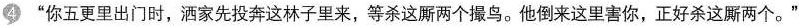
“你五更里出门时，酒家先投奔这林子里来，等杀这而两个撮鸟。他倒来这里害你，正好杀这厮两个。”